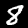
Label: 8